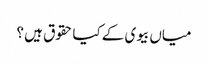
میاں بیوی کے کیا حقوق ہیں ؟